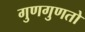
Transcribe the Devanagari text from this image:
गुणगुणतो